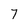
Character: 7